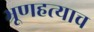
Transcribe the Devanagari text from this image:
भ्रूणहत्याच